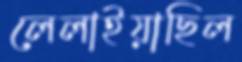
লেলাইয়াছিল